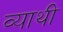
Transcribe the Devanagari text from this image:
व्याथी